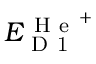
E _ { \mathrm { ~ D ~ 1 ~ } } ^ { \mathrm { ~ H ~ e ~ } ^ { + } }